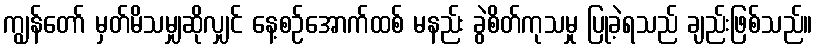
ကျွန်တော် မှတ်မိသမျှဆိုလျှင် နေ့စဉ်အောက်ထစ် မနည်း ခွဲစိတ်ကုသမှု ပြုခဲ့ရသည် ချည်းဖြစ်သည်။